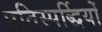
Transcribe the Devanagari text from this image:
प्रतिस्पर्द्धियों